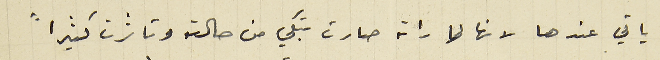
ياتي عندها لانها لما راته صارت تبكي من حالته وتاثرت كثيراً